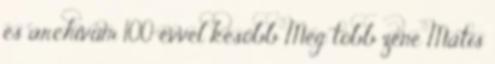
és archívum 100 évvel később Még több zene Mátis